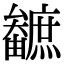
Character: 𤳼